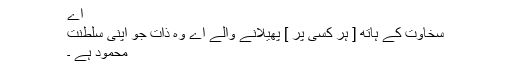
اے
سخاوت کے ہاتھ [ ہر کسی پر ] پھیلانے والے اے وہ ذات جو اپنی سلطنت
محمود ہے ۔